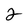
Character: 2